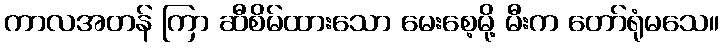
ကာလအတန် ကြာ ဆီစိမ်ထားသော မေးစေ့မို့ မီးက တော်ရုံမသေ။